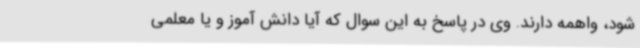
شود، واهمه دارند. وی در پاسخ به این سوال که آیا دانش آموز و یا معلمی